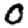
Digit: 0